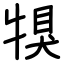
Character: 犑